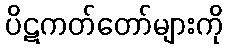
ပိဋကတ်တော်များကို